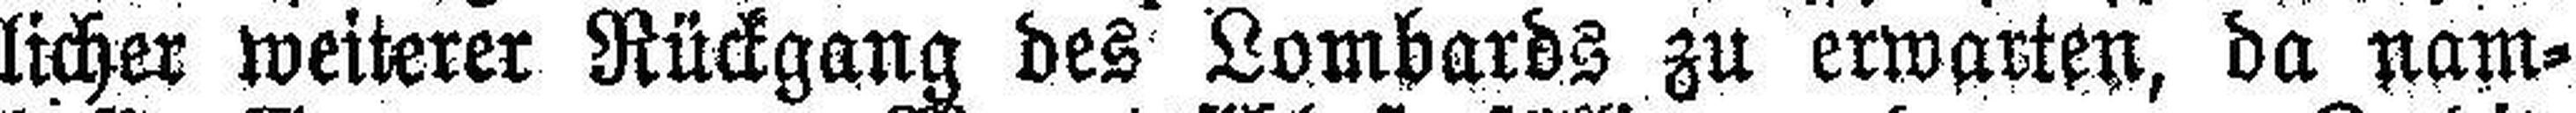
licher weiterer Rückgang des Lombards zu erwarten, da nam¬